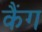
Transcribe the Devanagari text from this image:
कैंग